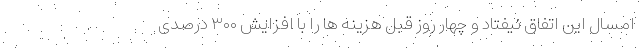
امسال این اتفاق نیفتاد و چهار روز قبل هزینه ها را با افزایش ۳۰۰ درصدی